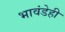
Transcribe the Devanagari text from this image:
भावंडेही